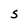
Character: S